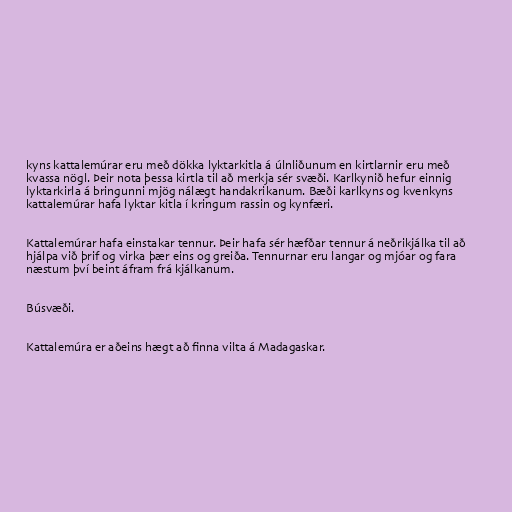
kyns kattalemúrar eru með dökka lyktarkitla á úlnliðunum en kirtlarnir eru með
kvassa nögl. Þeir nota þessa kirtla til að merkja sér svæði. Karlkynið hefur einnig
lyktarkirla á bringunni mjög nálægt handakrikanum. Bæði karlkyns og kvenkyns
kattalemúrar hafa lyktar kitla í kringum rassin og kynfæri.

Kattalemúrar hafa einstakar tennur. Þeir hafa sér hæfðar tennur á neðrikjálka til að
hjálpa við þrif og virka þær eins og greiða. Tennurnar eru langar og mjóar og fara
næstum því beint áfram frá kjálkanum.

Búsvæði.

Kattalemúra er aðeins hægt að finna vilta á Madagaskar.